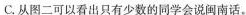
C.从图二可以看出只有少数的同学会说闽南话。